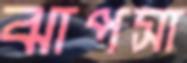
ঝাপসা